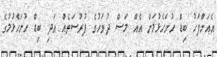
އެއަށްފަހު ބިޑް ހުށަހެޅުމަށް އެއް މަސް ދުވަހުގެ ފުރުސަތެއް އަދި ބިޑް ހުށަހެޅުމުގެ